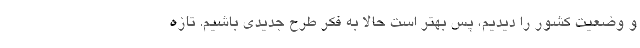
و وضعیت کشور را دیدیم، پس بهتر است حالا به فکر طرح جدیدی باشیم. تازه